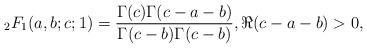
LaTeX: \begin{align*} {}_2F_1(a,b;c;1) = \frac{\Gamma(c)\Gamma(c-a-b)}{\Gamma(c-b)\Gamma(c-b)}, \Re(c-a-b)>0,\end{align*}